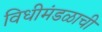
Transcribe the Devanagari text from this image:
विधीमंडळाची